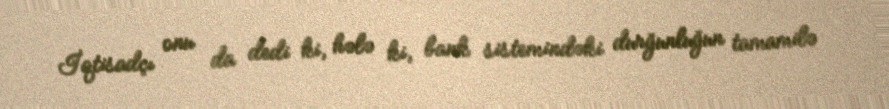
İqtisadçı onu da dedi ki, hələ ki, bank sistemindəki durğunluğun tamamilə